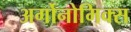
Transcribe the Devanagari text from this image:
अर्गोनोमिक्स